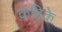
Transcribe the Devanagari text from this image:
कहिके